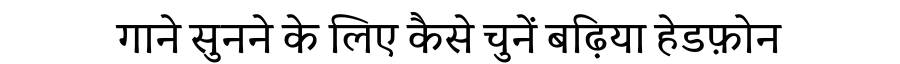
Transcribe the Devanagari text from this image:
गाने सुनने के लिए कैसे चुनें बढ़िया हेडफ़ोन